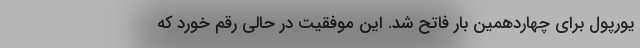
یورپول برای چهاردهمین بار فاتح شد. این موفقیت در حالی رقم خورد که